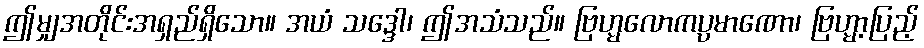
ဤမျှအတိုင်းအရှည်ရှိသော။ အယံ သဒ္ဒေါ၊ ဤအသံသည်။ ဗြဟ္မလောကပ္ပမာဏော၊ ဗြဟ္မာ့ပြည့်